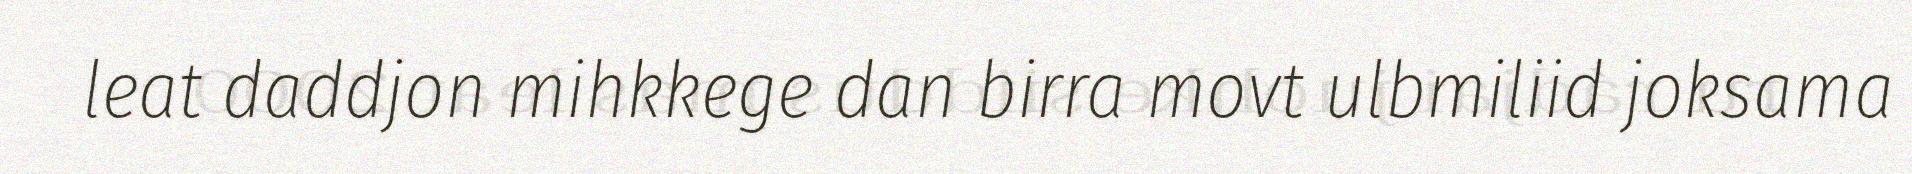
leat daddjon mihkkege dan birra movt ulbmiliid joksama